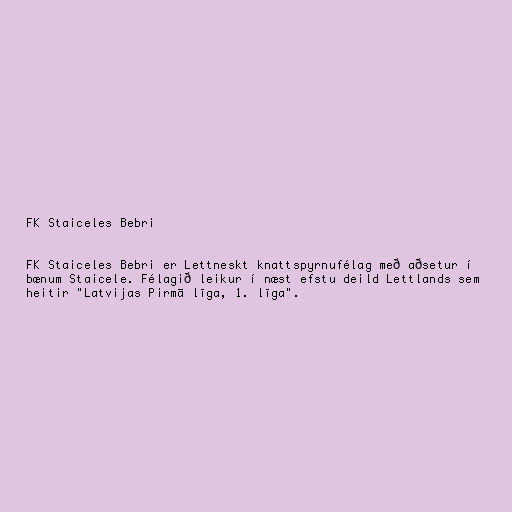
FK Staiceles Bebri

FK Staiceles Bebri er Lettneskt knattspyrnufélag með aðsetur í
bænum Staicele. Félagið leikur í næst efstu deild Lettlands sem
heitir "Latvijas Pirmā līga, 1. līga".